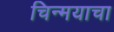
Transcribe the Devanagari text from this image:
चिन्मयाचा